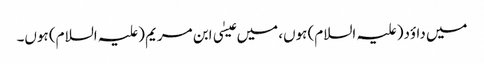
میں داؤد(علیہ السلام) ہوں، میں عیسٰی ابن مریم (علیہ السلام) ہوں۔